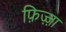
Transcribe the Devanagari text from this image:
फ़िज़्ज़ा